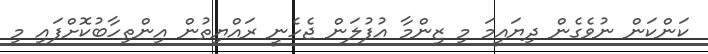
ކަންކަން ނުވެގެން ދިޔައީމަ މި ޒިންމާ އުފުލަން ޖެހެނީ ރައްޔިތުން އިންތިހާބުކޮށްފައި މި